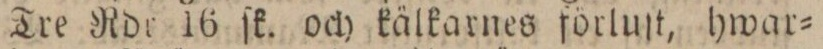
Tre Rdr 16 ſk. och kälkarnes förluſt, hwar=